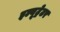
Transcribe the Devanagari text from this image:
इल्यूट्रेटर